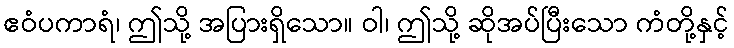
ဧဝံပကာရံ၊ ဤသို့ အပြားရှိသော။ ဝါ၊ ဤသို့ ဆိုအပ်ပြီးသော ကံတို့နှင့်